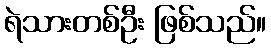
ရဲသားတစ်ဦး ဖြစ်သည်။